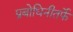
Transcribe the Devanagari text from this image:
प्रबोधिनीतर्फे